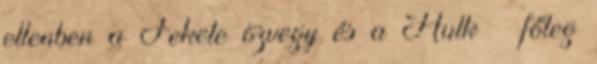
ellenben a Fekete özvegy és a Hulk – főleg